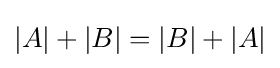
|A|+|B|=|B|+|A|